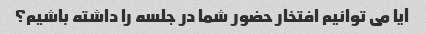
آیا می توانیم افتخار حضور شما در جلسه را داشته باشیم؟